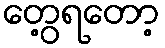
တွေ့ရတော့